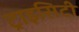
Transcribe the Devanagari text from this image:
ट्राइसिटी